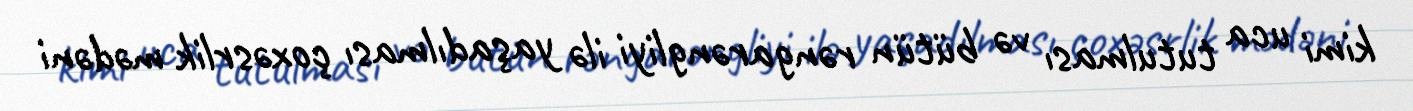
kimi uca tutulması və bütün rəngarəngliyi ilə yaşadılması çoxəsrlik mədəni